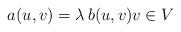
LaTeX: \begin{align*} a(u,v)= \lambda\, b(u,v) v\in V \end{align*}